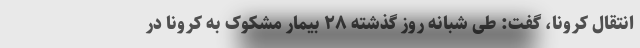
انتقال کرونا، گفت: طی شبانه روز گذشته ۲۸ بیمار مشکوک به کرونا در